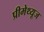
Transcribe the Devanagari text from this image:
प्रीमेथ्यूज